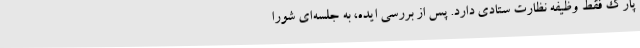
پارک فقط وظیفه نظارت ستادی دارد. پس از بررسی ایده، به جلسه‌ای شورا